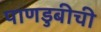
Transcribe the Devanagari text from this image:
पाणडुबीची